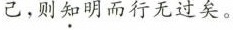
己，则知明而行无过矣。